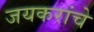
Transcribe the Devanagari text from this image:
जयकरांचे